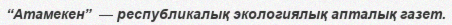
“Атамекен”  — республикалық экологиялық апталық газет.